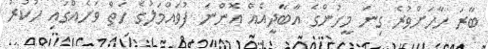
ބާރަ ހާހަށްވުރެ ގިނަ މީހުންގެ އާބާދީއެއް އޮންނަ ފުވައްމަލުގެ ހަތް ވަށެއްގައި ހުކުރު